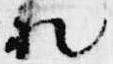
礼